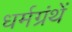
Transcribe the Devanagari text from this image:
धर्मग्रंथें